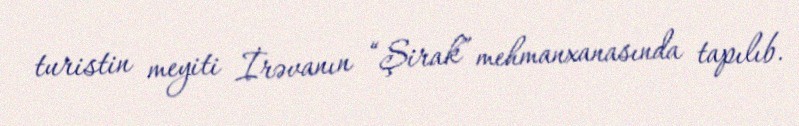
turistin meyiti İrəvanın “Şirak” mehmanxanasında tapılıb.